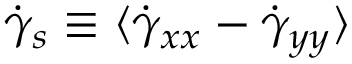
\dot { \gamma } _ { s } \equiv \langle \dot { \gamma } _ { x x } - \dot { \gamma } _ { y y } \rangle